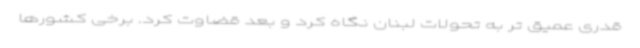
قدری عمیق تر به تحولات لبنان نگاه کرد و بعد قضاوت کرد. برخی کشورها